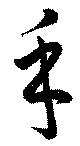
手